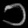
Digit: ၁